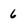
Character: 6